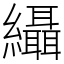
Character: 䌰